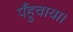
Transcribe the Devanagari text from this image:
पँहुचाया।